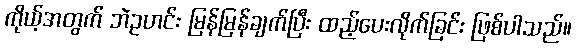
ကိုယ့်အတွက် ဘဲဥဟင်း မြန်မြန်ချက်ပြီး ထည့်ပေးလိုက်ခြင်း ဖြစ်ပါသည်။